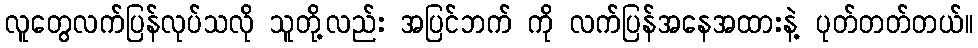
လူတွေလက်ပြန်လုပ်သလို သူတို့လည်း အပြင်ဘက် ကို လက်ပြန်အနေအထားနဲ့ ပုတ်တတ်တယ်။